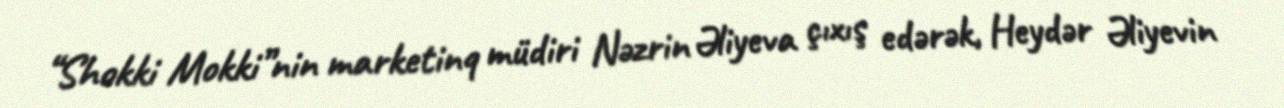
“Shokki Mokki”nin marketinq müdiri Nəzrin Əliyeva çıxış edərək, Heydər Əliyevin